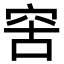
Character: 𥥖